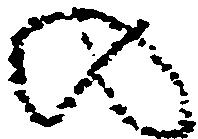
の